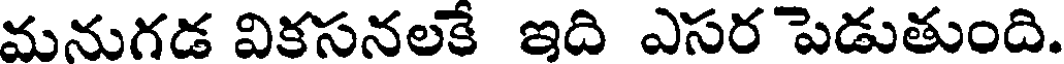
మనుగడ వికసనలకే ఇది ఎసర పెడుతుంది.